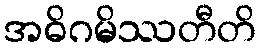
အဓိဂမိဿတီတိ